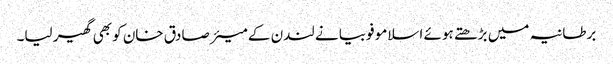
برطانیہ میں بڑھتے ہوئے اسلامو فوبیا نے لندن کے میئر صادق خان کو بھی گھیر لیا۔